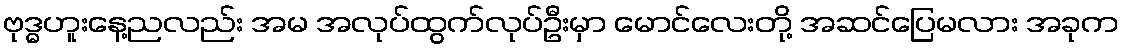
ဗုဒ္ဓဟူးနေ့ညလည်း အမ အလုပ်ထွက်လုပ်ဦးမှာ မောင်လေးတို့ အဆင်ပြေမလား အခုက